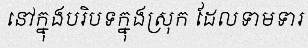
នៅក្នុងបរិបទក្នុងស្រុក ដែលទាមទារ